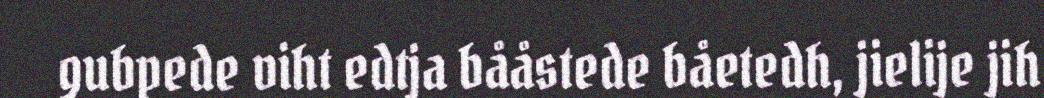
gubpede viht edtja bååstede båetedh, jielije jih